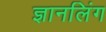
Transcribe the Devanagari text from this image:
ज्ञानलिंग